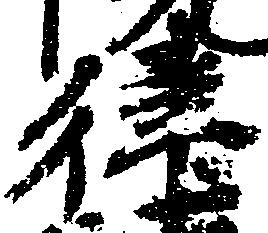
律